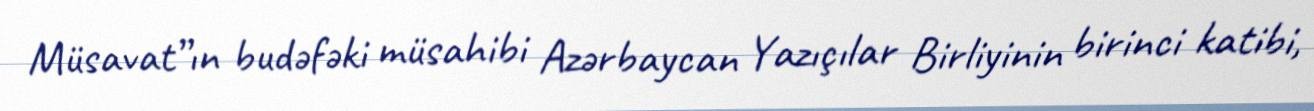
Müsavat”ın budəfəki müsahibi Azərbaycan Yazıçılar Birliyinin birinci katibi,